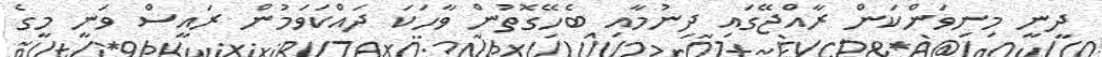
ދީނީ މިނިވަންކަން ރާއްޖޭގައި ދިނުމާއި ބެހޭގޮތުން ވާހަކަ ދައްކަވަމުން ރައީސް ވަނީ މީގެ